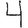
Digit: 4